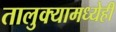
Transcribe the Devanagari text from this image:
तालुक्यामध्येही